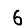
Digit: 6